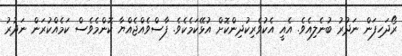
ރޯދަހިފަން ނަދުރު ބުނެލިއެވެ. އެއީ އެކުވެރިކުދިންކޮށް އުޅޭކަމެކެވެ. ފާސްވެއްޖެއްޔާ ކޮންމެވެސް ކަމެއްކުރަން ނަދުރު